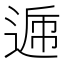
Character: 𨔄